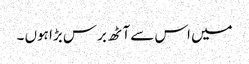
میں اس سے آٹھ برس بڑا ہوں ۔